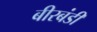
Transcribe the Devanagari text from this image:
बीरबंडी